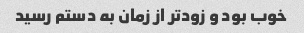
خوب بود و زودتر از زمان به دستم رسید